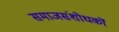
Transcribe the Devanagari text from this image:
समाजसंशोधकों